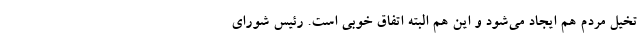
تخیل مردم هم ایجاد می‌شود و این هم البته اتفاق خوبی است. رئیس شورای